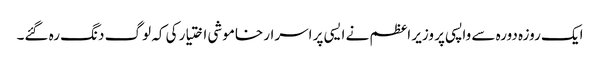
ایک روزہ دورہ سے واپسی پر وزیر اعظم نے ایسی پر اسرار خاموشی اختیار کی کہ لوگ دنگ رہ گئے۔